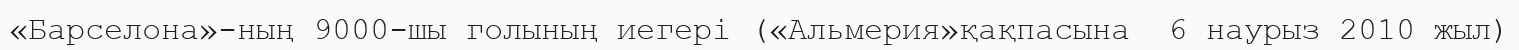
«Барселона»-ның 9000-шы голының иегері («Альмерия»қақпасына  6 наурыз 2010 жыл)